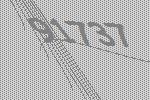
91737